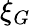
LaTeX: \xi_{G}